Annual report on the lock hospitals of the Madras Presidency
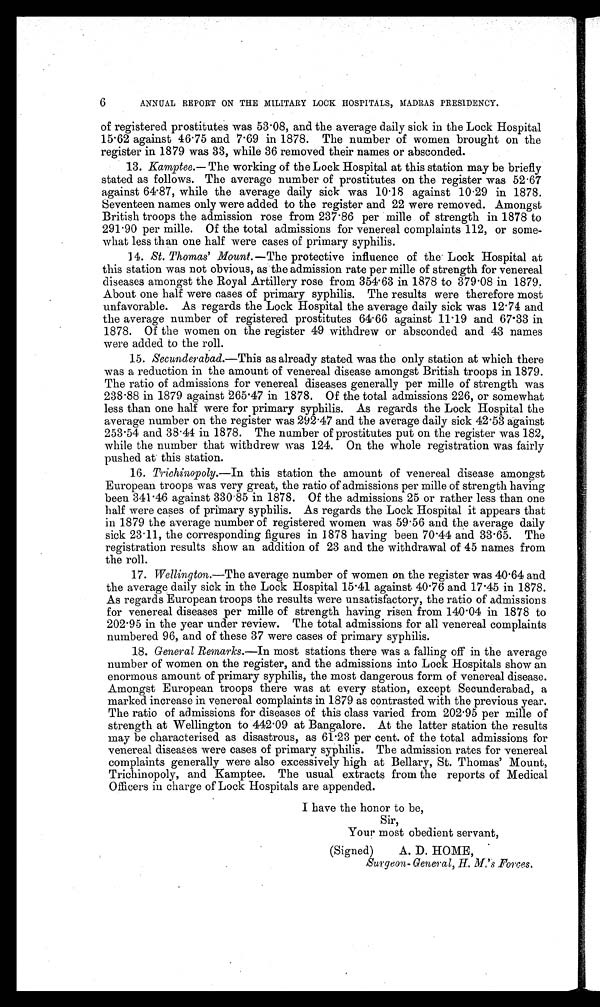
6
ANNUAL REPORT ON THE MILITARY LOCK HOSPITALS, MADRAS PRESIDENCY.
of registered prostitutes was 53 . 08, and the average daily sick in the Lock Hospital
15 . 62 against 46 . 75 and 7 . 69 in 1878. The number of women brought on the
register in 1879 was 33, while 36 removed their names or absconded.
13. Kamptee.- The working of the Lock Hospital at this station may be briefly
stated as follows. The average number of prostitutes on the register was 52.67
against 64.87, while the average daily sick was 101 8 against 10 . 29 in 1878.
Seventeen names only were added to the register and 22 were removed. Amongst
British troops the admission rose from 237 . 86 per mille of strength in 1878 to
291 . 90 per mile. Of the total admissions for venereal complaints 112, or some-
what less than one half were cases of primary syphilis.
14. St. Thomas' Mount. -The protective influence of the . Lock Hospital at
this station was not obvious, as the admission rate per mile of strength for venereal
diseases amongst the Royal Artillery rose from 354 . 63 in 1878 to 379 . 08 in 1879.
About one half were oases of primary syphilis. The results were therefore most
unfavorable. As regards the Lock Hospital the average daily sick was 12 . 74 and
the average number of registered prostitutes 64 . 66 against 11 . 19 and 67 . 33 in
1878. Of the women on the register 49 withdrew or absconded and 43 names
were added to the roll.
15. Secunderabad.-This as already stated was the only station at which there
was a reduction in the amount of venereal disease amongst British troops in 1879.
The ratio of admissions for venereal diseases generally per mile of strength was
23888 in 1879 against 265 .47 in 1878. Of the total admissions 226, or somewhat
less than one half were for primary syphilis. As regards the Lock Hospital the
average number on the register was 292 .47 and the average daily sick 42 . 53 against
253 . 54 and 38 . 44 in 1878. The number of prostitutes put on the register was 182,
while the number that withdrew was 124. On the whole registration was fairly
pushed at this station.
16. Trichinopoly.-In this station the amount of venereal disease amongst
European troops was very great, the ratio of admissions per mile of strength having
been 341 . 46 against 330 . 85 in 1878. Of the admissions 25 or rather less than one
half were capes of primary syphilis. As regards the Lock Hospital it appears that
in 1879 the average number of registered women was 59 . 56 and the average daily
sick 23 . 11, the corresponding figures in 1878 having been 70-44 and 33 . 65. The
registration results show an addition of 23 and the withdrawal of 45 names from
the roll.
17. Wellington.-The average number of women on the register was 40 . 64 and
the average daily sick in the Lock Hospital 15 .41 against 40 . 76 and 17 .45 in 1878.
As regards European troops the results were unsatisfactory, the ratio of admissions
for venereal diseases per mile of strength having risen from 140 . 04 in 1878 to
202 . 95 in the year under review. The total admissions for all venereal complaints
numbered 96, and of these 37 were cases of primary syphilis.
18. General Remarks.-In most stations there was a falling off in the average
number of women on the register, and the admissions into Lock Hospitals show an
enormous amount of primary syphilis, the most dangerous form of venereal disease.
Amongst European troops there was at every station, except Secunderabad, a
marked increase in venereal complaints in 1879 as contrasted with the previous year.
The ratio of admissions for diseases of this class varied from 202 . 95 per mile of
strength at Wellington to 442 . 09 at Bangalore. At the latter station the results
may be characterised as disastrous, as 6P23 per cent. of the total admissions for
venereal diseases were cases of primary syphilis. The admission rates for venereal
complaints generally were also excessively high at Bellary, St. Thomas' Mount,
Trichinopoly, and Kamptee. The usual extracts from the reports of Medical
Officers in charge of Lock Hospitals are appended.
I have the honor to be,
Sir,
Your most obedient servant,
(Signed)
A. D. HOME,
Surgeon- General, If. M.'s Forces.